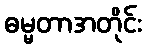
ဓမ္မတာအတိုင်း